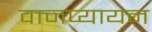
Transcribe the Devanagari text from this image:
वाजप्यायन